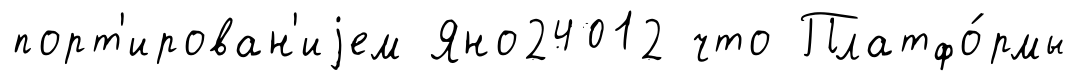
порт'ирован'иjем Яно24012 что Платфо́рмы